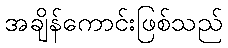
အချိန်ကောင်းဖြစ်သည်